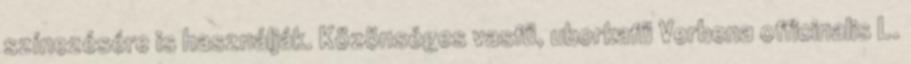
színezésére is használják. Közönséges vasfű, uborkafű Verbena officinalis L.